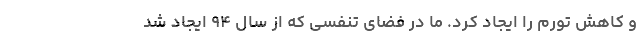
و کاهش تورم را ایجاد کرد. ما در فضای تنفسی که از سال ۹۴ ایجاد شد